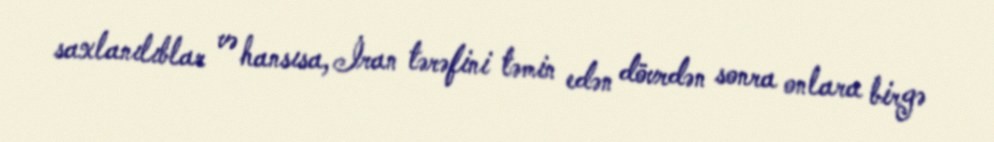
saxlanılıblar və hansısa, İran tərəfini təmin edən dövrdən sonra onlara birgə